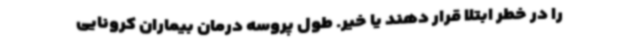
را در خطر ابتلا قرار دهند یا خیر. طول پروسه درمان بیماران کرونایی